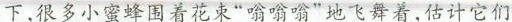
下,很多小蜜蜂围着花束“嗡嗡嗡”地飞舞着,估计它们